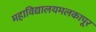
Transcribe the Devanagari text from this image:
महाविद्यालयमलकापूर